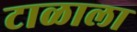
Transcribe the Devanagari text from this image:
टाळाला